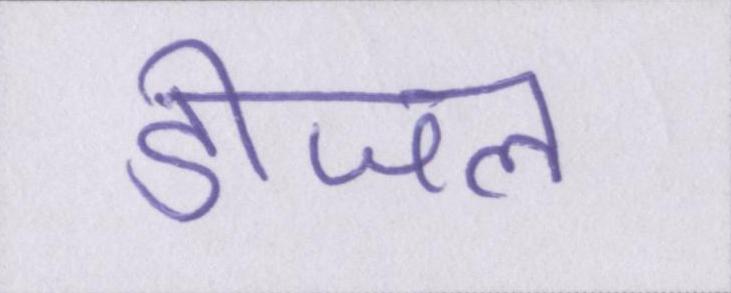
डीजल